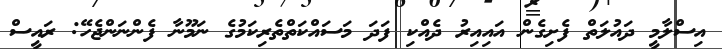
އިސްލާމީ ދައުލަތް ފެށިގެން އައިއިރު ދެއްކި ފަދަ މަސައްކަތްތެރިކަމުގެ ނަމޫނާ ފެންނަންޖެހޭ: ރައީސް